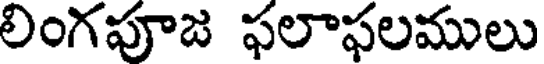
లింగపూజ ఫలాఫలములు